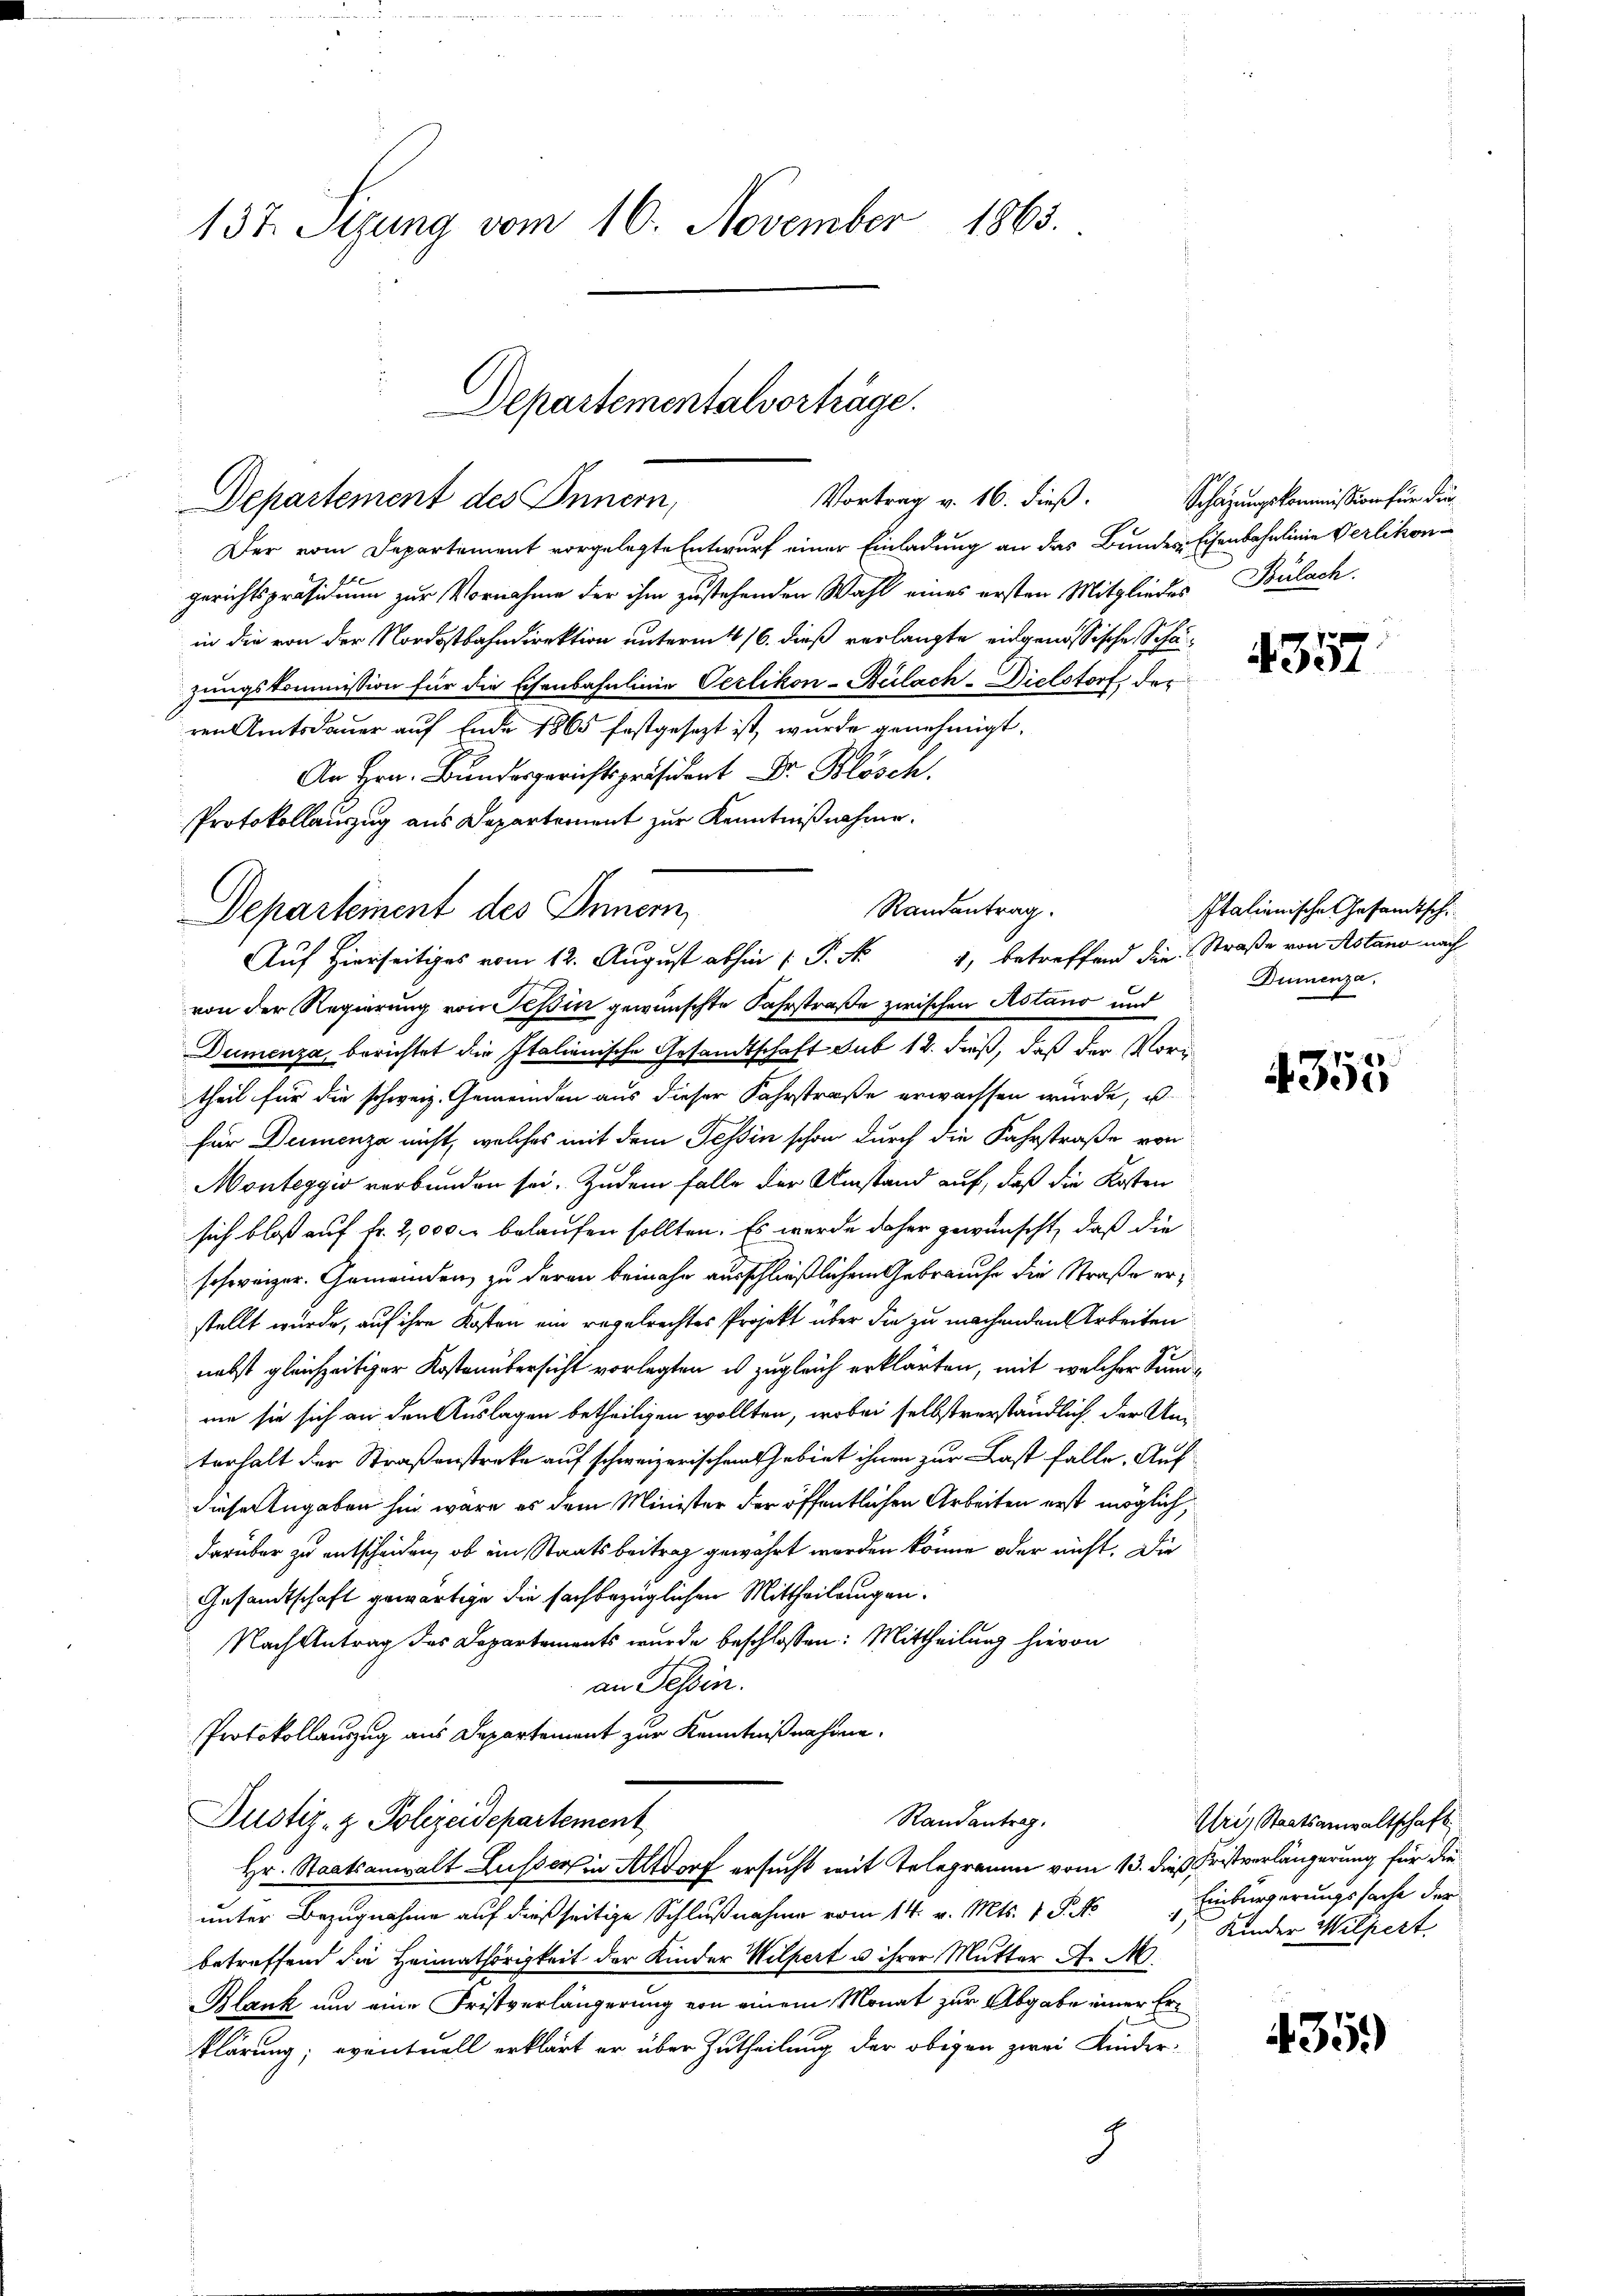
137. Sizung vom 16. November 1865.

Departementalvorträge.
Vortrag v. 16. dieß.
Departement des Innern,

Der vom Departement vorgelegte Entwurf einer Einladung an das Bundes-Eisenbahnlinie Verlikon
gerichtspräsidium zur Vornahme der ihm zustehenden Wahl eines ersten Mitgliedes Bülach.
in die von der Nordostbahndirektion unterm 16. 16. dieß verlangte eingenössische Schäzungskommission für die Eisenbahnlinie Oerlikon-Bülach–Dielstorf der
ren Amtsdauer auf Ende 1865 festgesezt ist, wurde genehmigt,
An Hrn. Bundesgerichtspräsident Dr. Blösch
Protokollauszug aus Departement zur Kenntnißnahme.

Randantrag.
Departement des Innern,
Auf Hierseitiges vom 12. August abhin (: P. Nr. 1, betreffend die Straße von Astand nach

Schazungskommission für die

von der Regierung von Tessin gewünschte Fahrstraße zwischen Astano und
Dumenza, berichtet die Italienische Gesandtschaft sub 12. dieß, daß der Voritheil für die schweiz. Gemeinden aus dieser Fahrstraße erwachsen würde, u
für Dumenza nicht, welches mit dem Tessin schon durch die Fahrstraße von
Monteggio verbunden sei. Zudem Falle der Umstand auf, daß die Kosten
sich bloß auf Fr. 2,000 l. belaufen sollten. Es werde daher gewünscht, daß die
schweizer. Gemeinden zu deren beinahe ausschließlichem Gebrauche die Straße erstellt wurde, auf ihre Kosten ein regelrechtes Projekt über die zu machenden Arbeiten
nebst gleichzeitiger Kostenübersicht vorlegten es zugleich erklärten, mit welcher Summe sie sich an den Auslagen betheiligen wollten, wobei selbstverständlich der Uniterhalt der Straßenstreke auf schweizerischen Gebiet ihnen zur Last falle. Aufdieser Angaben hin wäre es dem Minister der öffentlichen Arbeiten erst möglich,
darüber zu entscheiden, ob ein Staatsbeitrag gewährt worden könne oder nicht. Die
Gesandtschaft gewärtige die sachbezüglichen Mittheilungen.
Nach Antrag des Departements wurde beschlossen: Mittheilung hievon
an Tessin.
Protokollauszug aus Departement zur Kenntnißnahme.
Randantrag.
Justiz- & Polizeidepartement
Hr. Staatsanwalt Lusser in Altdorf ersucht mit Telegramm vom 13. dieß Fristverlängerung für die
unter Bezugnahme auf dießseitige Schlußnahme vom 14. v. Mts. 1 S. No 1 Kinder Wilpert
betreffend die Heimathörigkeit der Kinder Wilpert u ihrer Mutter A. M.
Blank und eine Fristverlängerung von einem Monat zur Abgabe einer Erklärung; eventuell erklärt er über Zutheilung der obigen zwei Kinder¬
9

4357

Italienische Gesamtsch
Dummenza,

4355

Uri, Staatsanwaltschaft,
Einbürgerungssache der

435.)